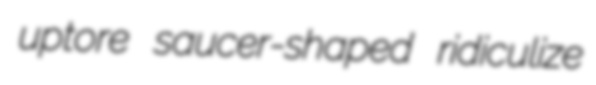
uptore saucer-shaped ridiculize